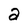
Character: 2